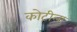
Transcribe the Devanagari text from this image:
कोटीला